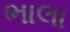
ભાલા